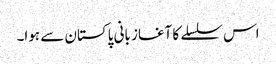
اس سلسلے کا آغاز بانی پاکستان سے ہوا۔